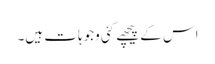
اس کے پیچھے کئی وجوہات ہیں۔